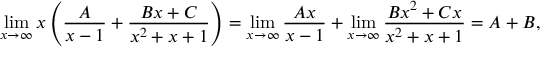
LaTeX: \operatorname* { l i m } _ { x \to \infty } x \left( { \frac { A } { x - 1 } } + { \frac { B x + C } { x ^ { 2 } + x + 1 } } \right) = \operatorname* { l i m } _ { x \to \infty } { \frac { A x } { x - 1 } } + \operatorname* { l i m } _ { x \to \infty } { \frac { B x ^ { 2 } + C x } { x ^ { 2 } + x + 1 } } = A + B ,